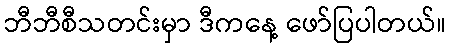
ဘီဘီစီသတင်းမှာ ဒီကနေ့ ဖော်ပြပါတယ်။